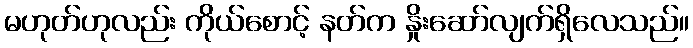
မဟုတ်ဟုလည်း ကိုယ်စောင့် နတ်က နှိုးဆော်လျက်ရှိလေသည်။